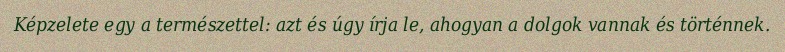
Képzelete egy a természettel: azt és úgy írja le, ahogyan a dolgok vannak és történnek.